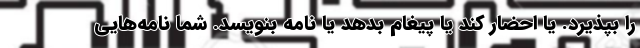
را بپذیرد. یا احضار کند یا پیغام بدهد یا نامه بنویسد. شما نامه‌هایی